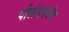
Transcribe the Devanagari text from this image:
पोलंडपर्यंत